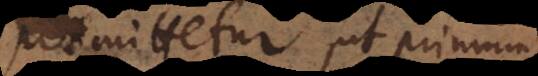
mittetur, ut primum